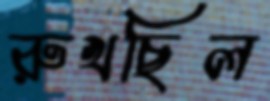
রুখছিল